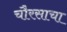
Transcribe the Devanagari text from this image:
चौरसाचा